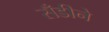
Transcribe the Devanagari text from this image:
सँडीने